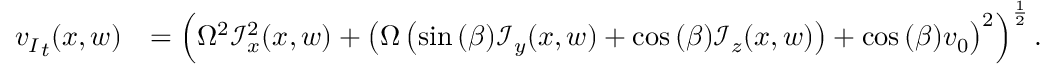
\begin{array} { r l } { { v _ { I } } _ { t } ( x , w ) } & { = \left( \Omega ^ { 2 } \mathcal { I } _ { x } ^ { 2 } ( x , w ) + \left( \Omega \left( \sin { ( \beta ) } \mathcal { I } _ { y } ( x , w ) + \cos { ( \beta ) } \mathcal { I } _ { z } ( x , w ) \right) + \cos { ( \beta ) } v _ { 0 } \right) ^ { 2 } \right) ^ { \frac { 1 } { 2 } } . } \end{array}